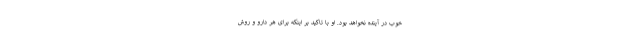
خوب در آینده نخواهد بود. او با تاکید بر اینکه برای هر دارو و روش